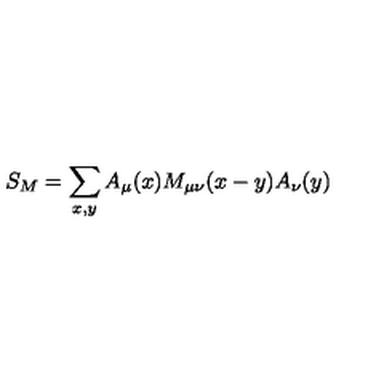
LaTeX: S _ { M } = \sum _ { x , y } A _ { \mu } ( x ) M _ { \mu \nu } ( x - y ) A _ { \nu } ( y )